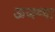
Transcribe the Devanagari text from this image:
ऊजव्या